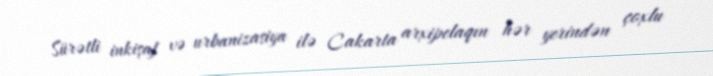
Sürətli inkişaf və urbanizasiya ilə Cakarta arxipelaqın hər yerindən çoxlu